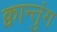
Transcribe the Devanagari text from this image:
क्वान्तुंग